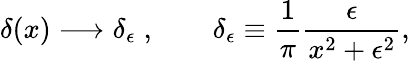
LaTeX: \delta(x)\longrightarrow\delta_{\epsilon}\; ,\qquad\delta_{\epsilon}\equiv\frac{1}{\pi}\frac{\epsilon}{x^{2}+\epsilon^{2}},